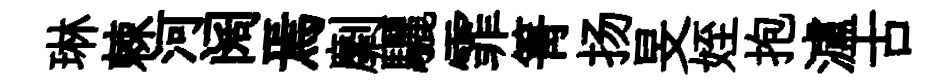
琳棘河阔焉劘驪霏箐扬旻姪抱瀘古